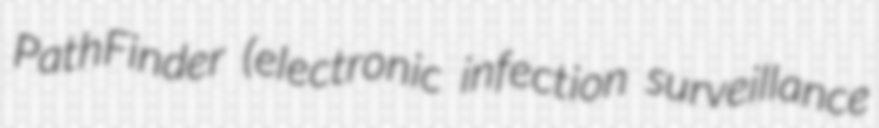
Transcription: PathFinder (electronic infection surveillance